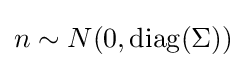
n\sim N(0,\operatorname {diag} (\Sigma ))